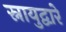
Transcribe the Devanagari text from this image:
स्नायुद्वारे